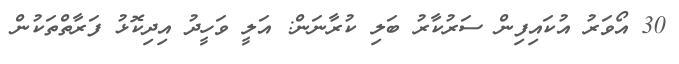
30 އޯވަރު އުކައިފިން ސަރުކާރު ބަލި ކުރާނަން: އަލީ ވަހީދު އިދިކޮޅު ފަރާތްތަކުން